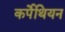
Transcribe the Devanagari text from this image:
कर्पेथियन